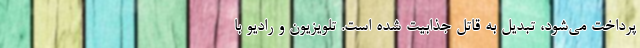
پرداخت می‌شود، تبدیل به قاتل جذابیت شده است. تلویزیون و رادیو با